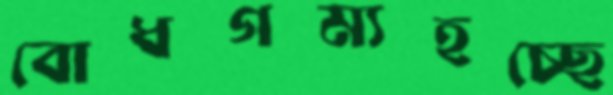
বোধগম্যহচ্ছে